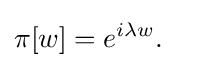
\pi [w]=e^{i\lambda w}.\quad